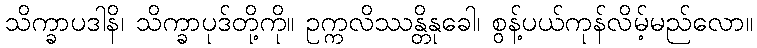
သိက္ခာပဒါနိ၊ သိက္ခာပုဒ်တို့ကို။ ဥက္ကလိဿန္တိနုခေါ၊ စွန့်ပယ်ကုန်လိမ့်မည်လော။